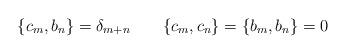
LaTeX: \begin{align*}\{c_m,b_n\}=\delta_{m+n} \qquad \{c_m,c_n\}=\{b_m,b_n\}=0\end{align*}